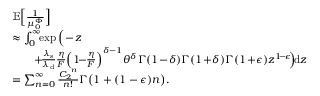
\begin{array} { r l } & { \mathbb { E } \Big [ \frac { 1 } { \mu _ { 0 } ^ { \Phi } } \Big ] } \\ & { \approx \int _ { 0 } ^ { \infty } \! \! \exp \Big ( \! - \! z \! } \\ & { \qquad + \! \frac { \lambda _ { \mathrm { s } } } { \lambda _ { \mathrm { d } } } \frac { \eta } { F } \Big ( 1 \! \! - \! \! \frac { \eta } { F } \Big ) ^ { \delta - 1 } \theta ^ { \delta } \Gamma ( 1 \! - \! \delta ) \Gamma ( 1 \! + \! \delta ) \Gamma ( 1 \! + \! \epsilon ) z ^ { 1 \! - \! \epsilon } \! \Big ) \! \mathrm { d } z } \\ & { = \sum _ { n = 0 } ^ { \infty } \frac { { C _ { 2 } } ^ { n } } { n ! } \Gamma \big ( 1 + ( 1 - \epsilon ) n \big ) . } \end{array}